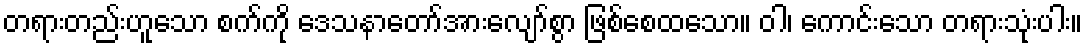
တရားတည်းဟူသော စက်ကို ဒေသနာတော်အားလျော်စွာ ဖြစ်စေထသော။ ဝါ၊ ကောင်းသော တရားသုံးပါး။